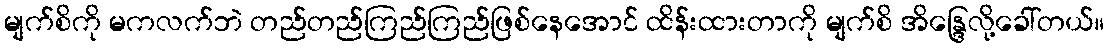
မျက်စိကို မကလက်ဘဲ တည်တည်ကြည်ကြည်ဖြစ်နေအောင် ထိန်းထားတာကို မျက်စိ အိန္ဒြေလို့ခေါ်တယ်။